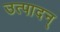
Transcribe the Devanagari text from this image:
उत्पादन्